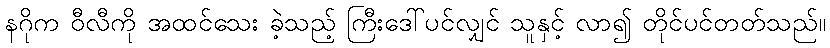
နဂိုက ဝီလီကို အထင်သေး ခဲ့သည့် ကြီးဒေါ်ပင်လျှင် သူနှင့် လာ၍ တိုင်ပင်တတ်သည်။